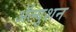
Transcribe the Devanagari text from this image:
ॲल्युशन